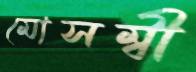
মোসম্বী